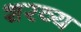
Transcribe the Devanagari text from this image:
शरव्य